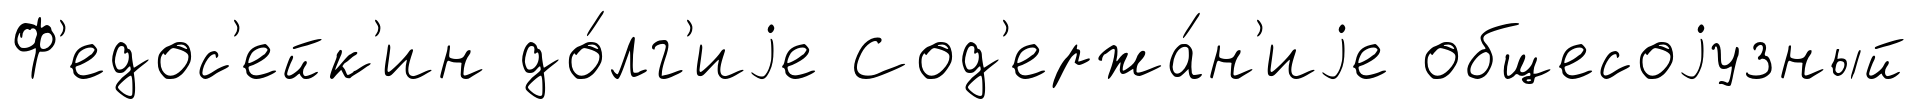
Ф'едос'ейк'ин до́лг'иjе Сод'ержа́н'иjе общесоjузный